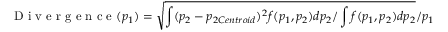
\mathrm { ~ D ~ i ~ v ~ e ~ r ~ g ~ e ~ n ~ c ~ e ~ } ( p _ { 1 } ) = \sqrt { \int ( p _ { 2 } - p _ { 2 C e n t r o i d } ) ^ { 2 } f ( p _ { 1 } , p _ { 2 } ) d p _ { 2 } / \int f ( p _ { 1 } , p _ { 2 } ) d p _ { 2 } } / p _ { 1 }